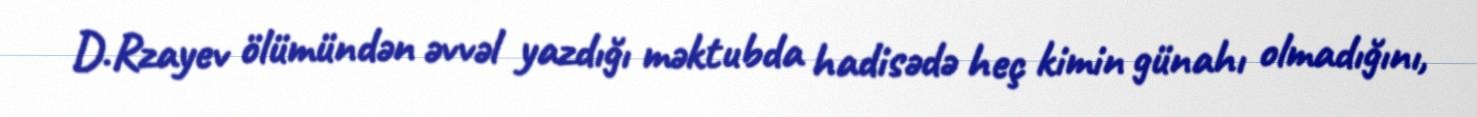
D.Rzayev ölümündən əvvəl yazdığı məktubda hadisədə heç kimin günahı olmadığını,